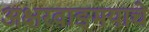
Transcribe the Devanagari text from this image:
अक्षरवाङ्‌मयाचे